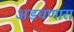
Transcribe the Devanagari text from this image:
अडवणारा